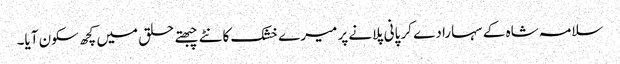
سلامہ شاہ کے سہارا دے کر پانی پلانے پر میرے خشک کانٹے چبھتے حلق میں کچھ سکون آیا۔